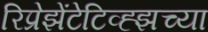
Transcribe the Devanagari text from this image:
रिप्रेझेंटेटिव्ह्झच्या